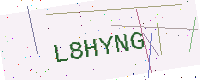
Text: L8HYNG